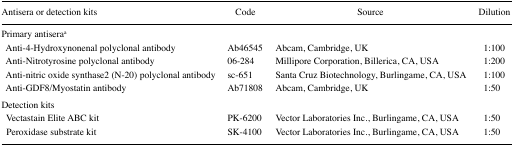
| Antisera or detection kits | Code | Source | Dilution |
 | --- | --- | --- | --- |
 | <COLSPAN=4> Primary antiseraa |
 | Anti-4-Hydroxynonenal polyclonal antibody | Ab46545 | Abcam, Cambridge, UK | 1:100 |
 | Anti-Nitrotyrosine polyclonal antibody | 06-284 | Millipore Corporation, Billerica, CA, USA | 1:200 |
 | Anti-nitric oxide synthase2 (N-20) polyclonal antibody | sc-651 | Santa Cruz Biotechnology, Burlingame, CA, USA | 1:100 |
 | Anti-GDF8/Myostatin antibody | Ab71808 | Abcam, Cambridge, UK | 1:50 |
 | <COLSPAN=4> Detection kits |
 | Vectastain Elite ABC kit | PK-6200 | Vector Laboratories Inc., Burlingame, CA, USA | 1:50 |
 | Peroxidase substrate kit | SK-4100 | Vector Laboratories Inc., Burlingame, CA, USA | 1:50 |